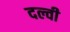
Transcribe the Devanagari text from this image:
दल्वी